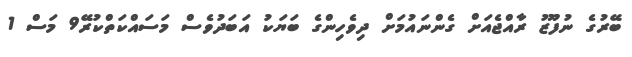
ބޭރުގެ ނުފޫޒު ރާއްޖެއަށް ގެންނައުމަށް ދިވެހިންގެ ބަޔަކު އަބަދުވެސް މަސައްކަތްކުރޭ9 މަސް 1